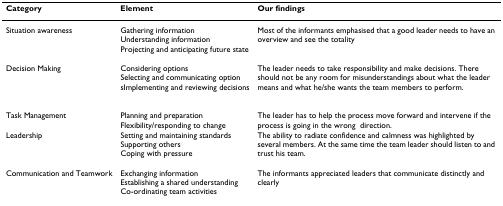
<table><thead><tr><td><b>Category</b></td><td><b>Element</b></td><td><b>Our findings</b></td></tr></thead><tbody><tr><td>Situation awareness</td><td>Gathering informationUnderstanding informationProjecting and anticipating future state</td><td>Most of the informants emphasised that a good leader needs to have an overview and see the totality</td></tr><tr><td>Decision Making</td><td>Considering optionsSelecting and communicating optionsImplementing and reviewing decisions</td><td>The leader needs to take responsibility and make decisions. There should not be any room for misunderstandings about what the leader means and what he/she wants the team members to perform.</td></tr><tr><td>Task Management</td><td>Planning and preparationFlexibility/responding to change</td><td>The leader has to help the process move forward and intervene if the process is going in the wrongdirection.</td></tr><tr><td>Leadership</td><td>Setting and maintaining standardsSupporting othersCoping with pressure</td><td>The ability to radiate confidence and calmness was highlighted by several members. At the same time the team leader should listen to and trust his team.</td></tr><tr><td>Communication and Teamwork</td><td>Exchanging information Establishing a shared understandingCo-ordinating team activities</td><td>The informants appreciated leaders that communicate distinctly and clearly</td></tr></tbody></table>